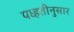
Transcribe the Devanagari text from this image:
पध्हतीनुसार